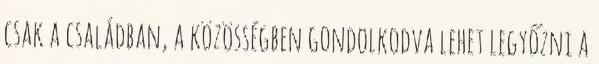
csak a családban, a közösségben gondolkodva lehet legyőzni a